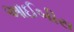
આઈબીસ